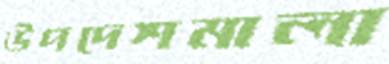
উপদেশমালা